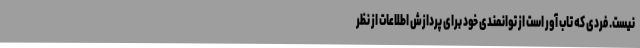
نیست. فردی که تاب آور است از توانمندی خود برای پردازش اطلاعات از نظر